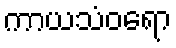
ကာယသံဝရော